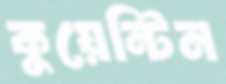
কুয়েন্টিন